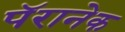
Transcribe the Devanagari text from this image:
पॅरानेक